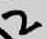
Text: 2